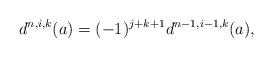
LaTeX: \begin{align*}d^{n,i,k}(a)=(-1)^{j+k+1} d^{n-1, i-1,k}(a),\end{align*}